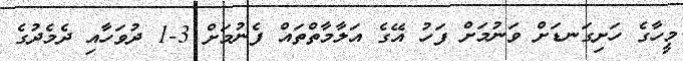
މީހާގެ ހަށިގަނޑަށް ވަނުމަށް ފަހު އޭގެ އަލާމާތްތައް ފެނުމަށް 3-1 ދުވަހާއި ދެމެދުގެ